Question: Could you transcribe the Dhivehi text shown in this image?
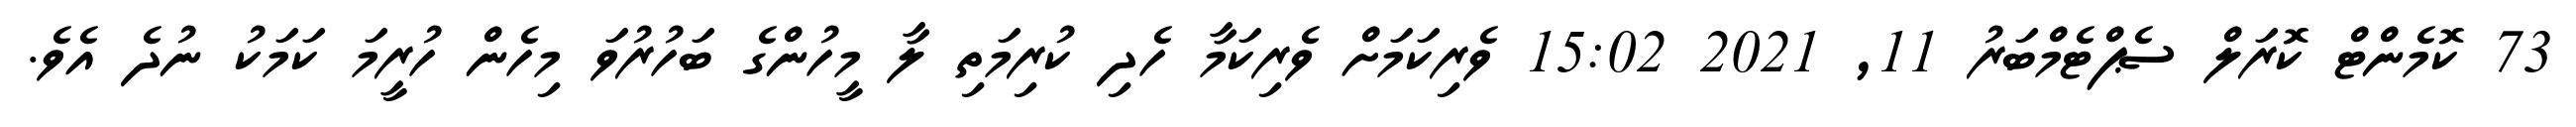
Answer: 73 ކޮމެންޓް ކޮރަލް ސެޕްޓެމްބަރު 11, 2021 15:02 ވެރިކަމަށް ވެރިކަމާ ހެދި ކުރިމަތި ލާ މީހުންގެ ބަހުރުވަ މިހެން ހުރީމަ ކަމަކު ނުދެ އެވެ.